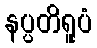
နပ္ပတိရူပံ